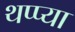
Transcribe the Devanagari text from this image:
थप्प्या